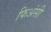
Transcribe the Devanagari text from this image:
फिअंसी